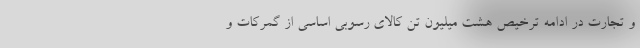
و تجارت در ادامه ترخیص هشت میلیون تن کالای رسوبی اساسی از گمرکات و